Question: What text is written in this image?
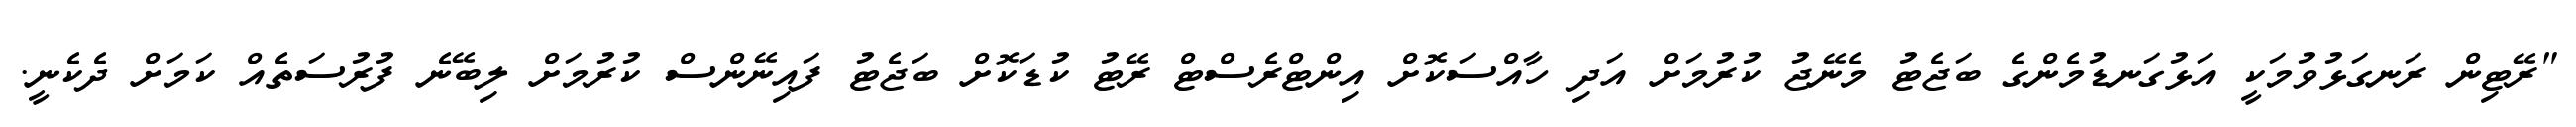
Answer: "ރޭޓިން ރަނގަޅުވުމަކީ އަޅުގަނޑުމެންގެ ބަޖެޓު މެނޭޖު ކުރުމަށް އަދި ހާއްސަކޮށް އިންޓްރެސްޓް ރޭޓު ކުޑަކޮށް ބަޖެޓު ފައިނޭންސް ކުރުމަށް ލިބޭނެ ފުރުސަތެއް ކަމަށް ދެކެނީ.